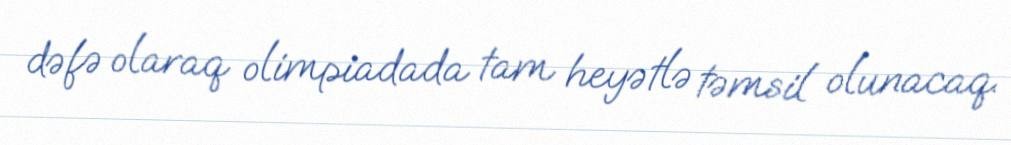
dəfə olaraq olimpiadada tam heyətlə təmsil olunacaq.